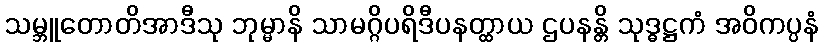
သမ္ဘူတောတိအာဒီသု ဘုမ္မာနိ သာမဂ္ဂိပရိဒီပနတ္ထာယ ဌပနန္တိ သုဒ္ဓဋ္ဌကံ အဝိကပ္ပနံ